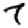
Digit: 7